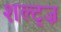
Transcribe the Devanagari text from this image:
शल्ट्ज़